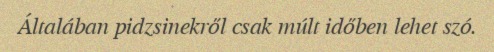
Általában pidzsinekről csak múlt időben lehet szó.